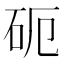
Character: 砈